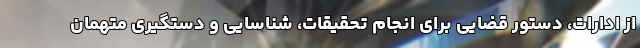
از ادارات، دستور قضایی برای انجام تحقیقات، شناسایی و دستگیری متهمان